Medical and sanitary report of the native army of Bengal for the year
Year: 1876
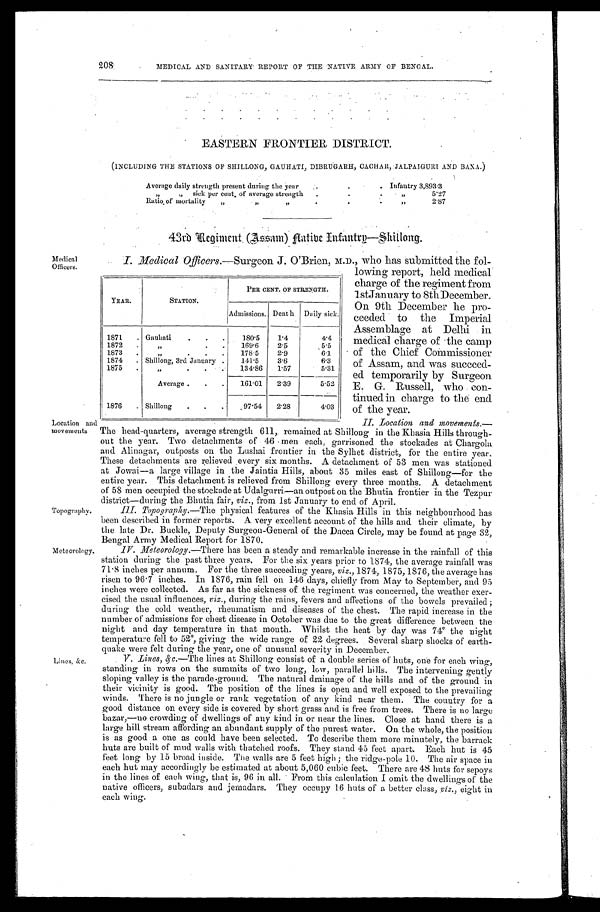
208•
MEDICAL AND SANITARY' REPORT OF THE NATIVE ARMY OF BENGAL.
EASTERN FRONTIER DISTRICT.
(INCLUDING THE STATIONS OF SHILLONG, GAUHATI, DIBRUGARH, CACHAR, JALPAIGURI AND BAXA.)
Average daily strength present during the year. . . Infantry 3,893.3
„ sick per cent, of average strength. . .5.27
Ratio of mortality
. . . 2.87
43rd Regiment (Assam) Hatibe Entantrp-Shillong.
Medical
Officers.
Location and
movements
Topography.
Meteorology.
Lines, &c.
I . M e d i c a l O f f i c e r s . -
Surgeon J.O'Brien, M.D., who has submitted the fol-
lowing report, held medical
charge of the regiment from
lstJanuary to 8thDecember.
On 9th December he pro-
ceeded to the Imperial
Assemblage at Delhi in
medical charge of the camp
of the Chief Commissioner
of Assam, and was succeed-
ed temporarily by Surgeon
E. G. Russell, who con-
tinued in charge to the end
of the year.
II. Location, and movements.-
The head-quarters, average strength 611, remained at Shillong in the Khasia Hills through-
out the year. Two detachments of 46 men each, garrisoned the stockades at Chargola
and Alinagar, outposts on the Lushai frontier in the Sylhet district, for the entire year.
These detachments are relieved every six months. A detachment of 53 men was stationed
at Jowai—a large village in the Jaintia Hills, about 35 miles east of Shillong—for the
entire year. This detachment is relieved from Shillong every three months. A detachment
of 58 men occupied the stockade atUdalgurri—an outpost on the Bhutia frontier in the Tezpur
district—during the Bhutia fair, viz., from 1st January to end of April.
III
Topography.—The physical features of the Khasia Hills in this neighbourhood has
been described in former reports. A very excellent account of the hills and their climate, by
the late Dr. Buckle, Deputy Surgeon-General of the Dacca Circle, may be found at page 32,
Bengal Army Medical Report for 1870.
IV. Meteorology.- There has been a steady and remarkable increase in the rainfall of this
station during the past three years. For the six years prior to 1874, the average rainfall was
71.8 inches per annum. For the three succeeding years, viz., 1874, 1875,1876, the average has
risen to 96.7 inches. In 1876, rain fell on 146 days, chiefly from May to September, and 95
inches were collected. As far as the sickness of the regiment was concerned, the weather exer-
cised the usual influences, viz., during the rains, fevers and affections of the bowels prevailed;
during the cold weather, rheumatism and diseases of the chest. The rapid increase in the
number of admissions for chest disease in October was due to the great difference between the
night and day temperature in that month. Whilst the heat by clay was 74° the night
temperature fell to 52°, giving the wide range of 22 degrees. Several sharp shocks of earth-
quake were felt during the year, one of unusual severity in December.
V. Lines, &c . — T h e l i n e s a t S h i l l o n g c o n s i s t o f a d o u b l e s e r i e so
f
h u t s , o n e f o r e a c h w i n g ,
standing in rows on the summits of two long, low, parallel hills. The intervening gently
sloping valley is the parade-ground. The natural drainage of the hills and of the ground in
their vicinity is good. The position of the lines is open and well exposed to the prevailing
winds. There is no jungle or rank vegetation of any kind near them. The country for a
good distance on every side is covered by short grass and is free from trees. There is no large
bazar,-no crowding of dwellings of any kind in or near the lines. Close at hand there is a
large hill stream affording an abundant supply of the purest water. On the whole, the position
is as good a one as could have been selected. To describe them more minutely, the barrack
huts are built of mud walls with thatched roofs. They stand 45 feet apart. Each hut is 45
feet long by 15 broad inside. The walls are 5 feet high; the ridge-pole 10. The air space in
each hut may accordingly be estimated at about 5,060 cubic feet. There are 48 huts for sepoys
in the lines of each wing, that is, 96 in all. From this calculation I omit the dwellings of the
native officers, subadars and jernadars. They occupy 16 huts of a better class, viz., eight in
each wing.
YEAR.
STATION.
PER CENT. OF STRENGTH.
Admissions. Death. Daily sick.
1871
Gauhati
180.5
1.4
4.4
1872
,,
169.6
2.5
5.5
1873
,,
178.5
2.9
6.1
1874
Shillong, 3rd January
141.5
3.6
6.3
1875
,,
134.86
1.57
5.31
Average
161.01
2.39
5.52
1876
Shillong
97.54
2.28
4.03